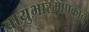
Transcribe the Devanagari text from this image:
वायुभारमापकाने